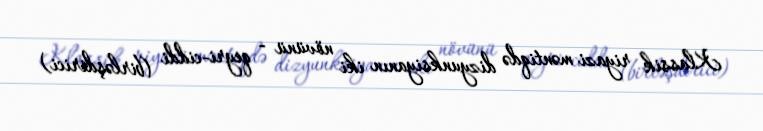
Klassik riyazi məntiqdə dizyunksiyanın iki növünü - qeyri-ciddi (birləşdirici)